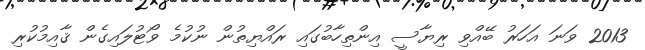
2013 ވަނަ އަހަރު ބޭއްވި ރިޔާސީ އިންތިހާބުގައި ރައްޔިތުން ނުކުމެ ވޯޓުލައިގެން ޤާއިމުކުރި